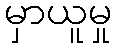
မှာယူမှု